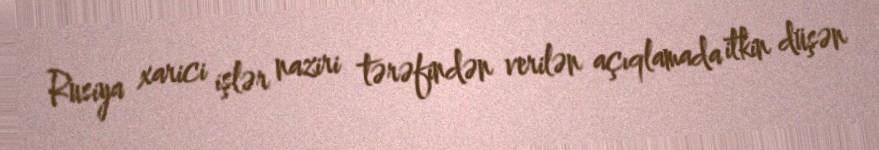
Rusiya xarici işlər naziri tərəfindən verilən açıqlamada itkin düşən